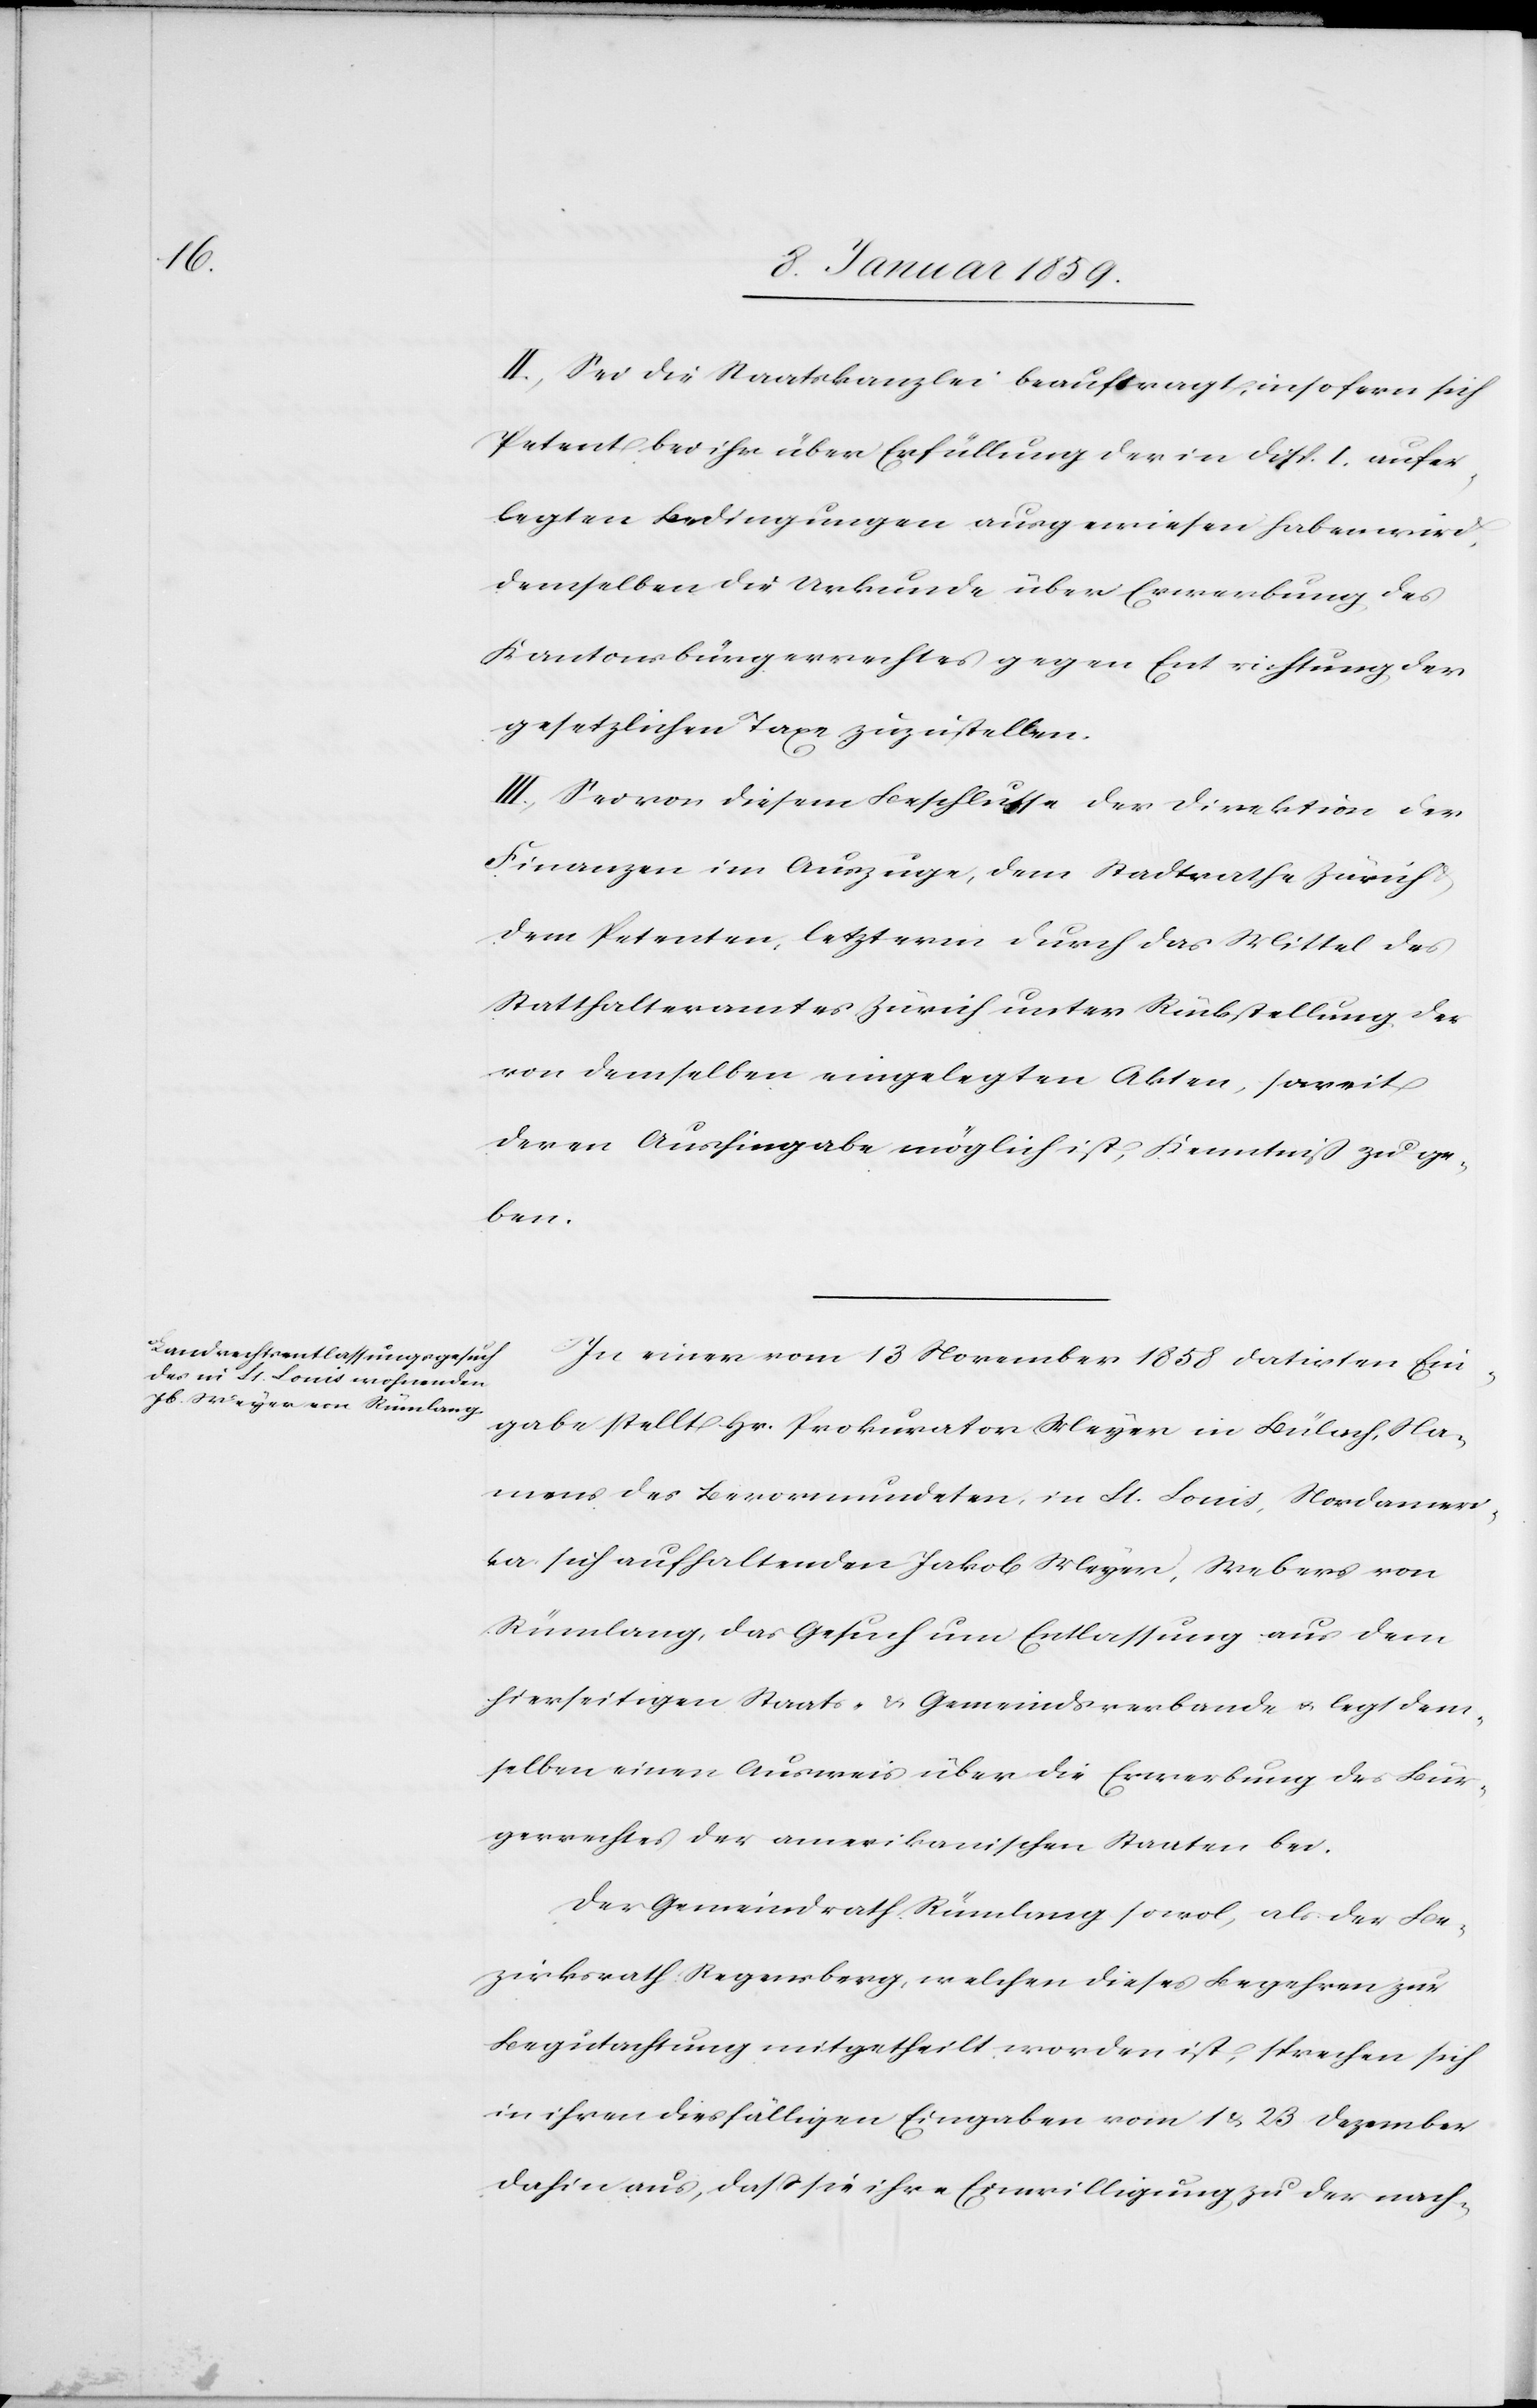
II. Sei die Staatskanzlei beauftragt, insofern sich
Petent bei ihr über Erfüllung der in Disp. I. aufer¬
legten Bedingungen ausgewiesen haben wird,
demselben die Urkunde über Erwerbung des
Kantonsbürgerrechtes gegen Entrichtung der
gesetzlichen Taxe zuzustellen.
III. Sei von diesem Beschlusse der Direktion der
Finanzen im Auszuge, dem Stadtrathe Zürich
dem Petenten, letzterm durch das Mittel des
Statthalteramtes Zürich unter Rückstellung der
von demselben eingelegten Akten, soweit
deren Aushingabe möglich ist, Kenntniß zu ge¬
ben.
In einer vom 13 November 1858 datirten Ein¬
gabe stellt Hr. Prokurator Meyer in Bülach, Na¬
mens des Bevormundeten, in St. Louis, Nordameri¬
ka, sich aufhaltenden Jakob Meyer, Webers von
Rümlang, das Gesuch um Entlassung aus dem
hierseitigen Staats- u. Gemeindsverbande u. legt dem¬
selben einen Ausweis über die Erwerbung des Bür¬
gerrechtes der amerikanischen Staaten bei.
Der Gemeindrath Rümlang sowol, als der Be¬
zirksrath Regensberg, welchen dieses Begehren zur
Begutachtung mitgetheilt worden ist, sprechen sich
in ihren diesfälligen Eingaben vom 1 u. 23 Dezember
dahin aus, daß sie ihre Einwilligung zu der nach-